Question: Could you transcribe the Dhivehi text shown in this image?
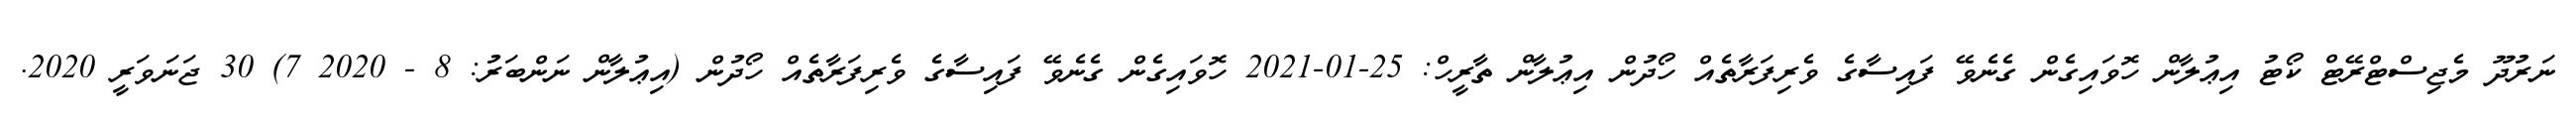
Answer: ނަރުދޫ މެޖިސްޓްރޭޓް ކޯޓު އިޢުލާން ހޮވައިގެން ގެނެވޭ ފައިސާގެ ވެރިފަރާތެއް ހޯދުން އިޢުލާން ތާރީހް: 25-01-2021 ހޮވައިގެން ގެނެވޭ ފައިސާގެ ވެރިފަރާތެއް ހޯދުން (އިޢުލާން ނަންބަރު: 8 - 2020 7) 30 ޖަނަވަރީ 2020.